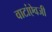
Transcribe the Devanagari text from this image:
वाटांऐवजी